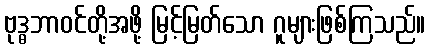
ဗုဒ္ဓဘာဝင်တို့အဖို့ မြင့်မြတ်သော ဂူများဖြစ်ကြသည်။